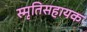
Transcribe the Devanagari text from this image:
स्मृतिसहायक